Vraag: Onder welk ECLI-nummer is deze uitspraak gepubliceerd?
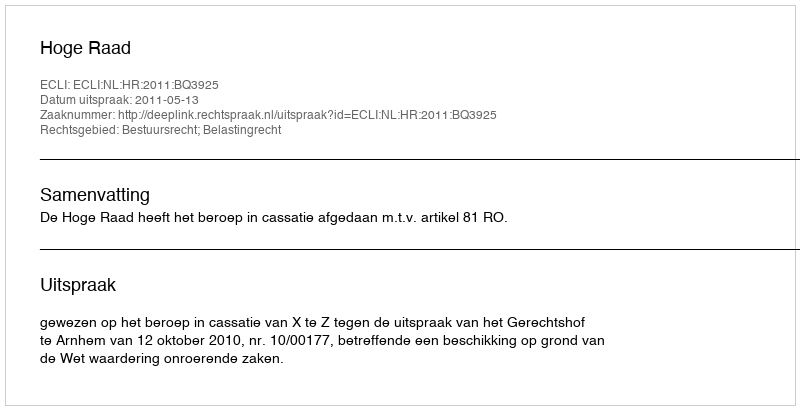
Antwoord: ECLI:NL:HR:2011:BQ3925